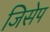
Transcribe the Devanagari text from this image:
जिसेप